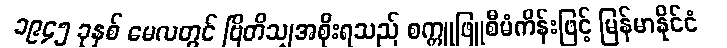
၁၉၄၅ ခုနှစ် မေလတွင် ဗြိတိသျှအစိုးရသည် စက္ကူဖြူစီမံကိန်းဖြင့် မြန်မာနိုင်ငံ